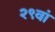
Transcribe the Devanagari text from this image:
२९वां